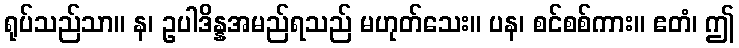
ရုပ်သည်သာ။ န၊ ဥပါဒိန္နအမည်ရသည် မဟုတ်သေး။ ပန၊ စင်စစ်ကား။ ဧတံ၊ ဤ